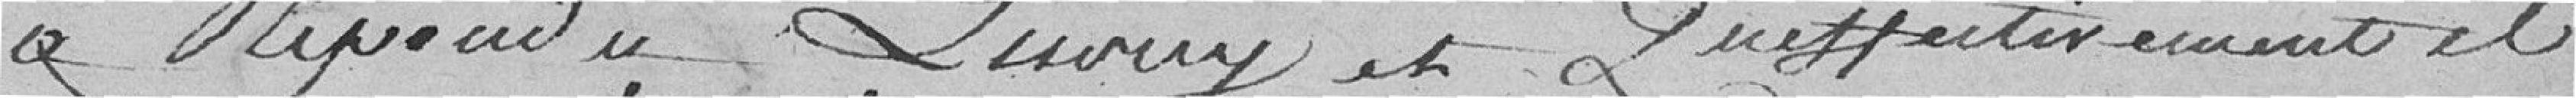
A répondu que ouy et qu'effectivement il